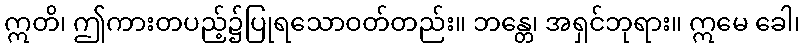
ဣတိ၊ ဤကားတပည့်၌ပြုရသောဝတ်တည်း။ ဘန္တေ၊ အရှင်ဘုရား။ ဣမေ ခေါ၊